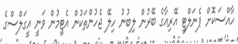
ހާއްސަކޮށް ޕެނަލްޓީ އޭރިއާގެ ބޭރުން ލިބުނު ހިލޭ ޖެހުންތަކުން އެޓީމުން ވަނީ އީގަލްސްގެ